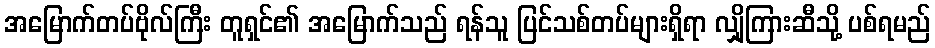
အမြောက်တပ်ဗိုလ်ကြီး တူရှင်၏ အမြောက်သည် ရန်သူ ပြင်သစ်တပ်များရှိရာ လျှိုကြားဆီသို့ ပစ်ရမည်